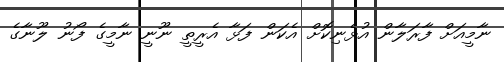
ނާމީއަށް ފާރަލާން އުޅެނިކޮށް އެކަން ފަޅާ އެރީތީ ނޫނީ ނާމީގެ ފޯނު ލޫނާގެ